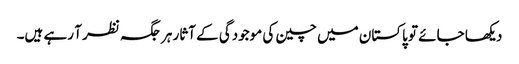
دیکھا جائے تو پاکستان میں چین کی موجودگی کے آثار ہر جگہ نظر آ رہے ہیں۔